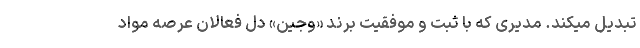
تبدیل میکند. مدیری که با ثبت و موفقیت برند «وجین» دل فعالان عرصه مواد